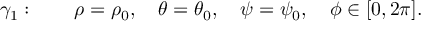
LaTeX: \gamma _ { 1 } : \quad \quad \rho = \rho _ { 0 } , \quad \theta = \theta _ { 0 } , \quad \psi = \psi _ { 0 } , \quad \phi \in [ 0 , 2 \pi ] .